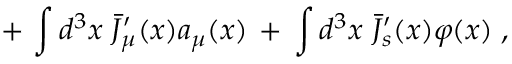
+ \, \int d ^ { 3 } x \; { \bar { J } } _ { \mu } ^ { \prime } ( x ) a _ { \mu } ( x ) \, + \, \int d ^ { 3 } x \; { \bar { J } } _ { s } ^ { \prime } ( x ) \varphi ( x ) \; ,